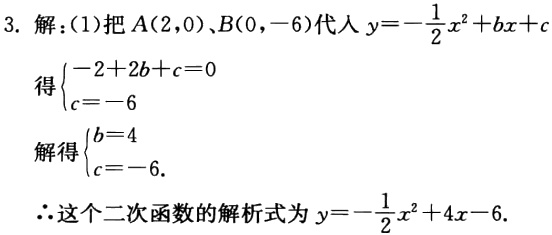
3. 解：(1)把\(A(2,0)\)、\(B(0,-6)\)代入\(y = -\frac{1}{2}x^{2}+bx + c\)
得\(\begin{cases}-2 + 2b + c = 0\\c = -6\end{cases}\)
解得\(\begin{cases}b = 4\\c = -6\end{cases}\).
\(\therefore\)这个二次函数的解析式为\(y = -\frac{1}{2}x^{2}+4x - 6\).